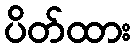
ပိတ်ထား